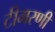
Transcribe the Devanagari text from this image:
टीमरणी